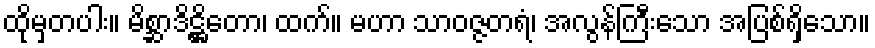
ထိုမှတပါး။ မိစ္ဆာဒိဋ္ဌိတော၊ ထက်။ မဟာ သာဝဇ္ဇတရံ၊ အလွန်ကြီးသော အပြစ်ရှိသော။